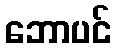
ဘောပင်